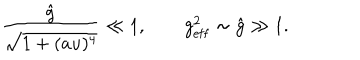
\frac { \hat { g } } { \sqrt { 1 + ( a u ) ^ { 4 } } } \ll 1 , \qquad g _ { \mathrm { e f f } } ^ { 2 } \sim \hat { g } \gg 1 .